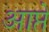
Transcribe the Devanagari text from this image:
आप्ते